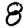
Digit: 8